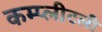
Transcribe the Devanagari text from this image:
कम्प्लीटली